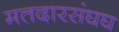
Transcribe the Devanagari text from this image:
मतदारसंघघ